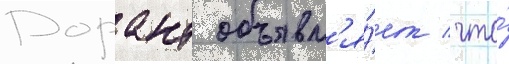
Дорант объявл'я́ет / что́